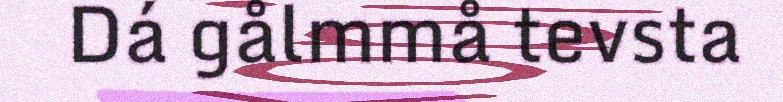
Dá gålmmå tevsta